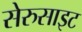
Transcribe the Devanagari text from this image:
सेरुसाइट